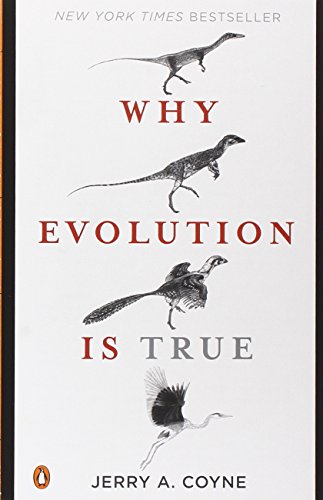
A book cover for Why Evolution Is True; Jerry A. Coyne; Science & Math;